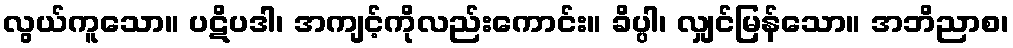
လွယ်ကူသော။ ပဋိပဒါ၊ အကျင့်ကိုလည်းကောင်း။ ခိပ္ပါ၊ လျှင်မြန်သော။ အဘိညာစ၊